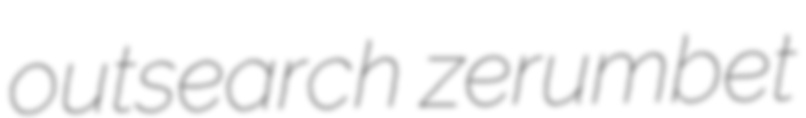
outsearch zerumbet